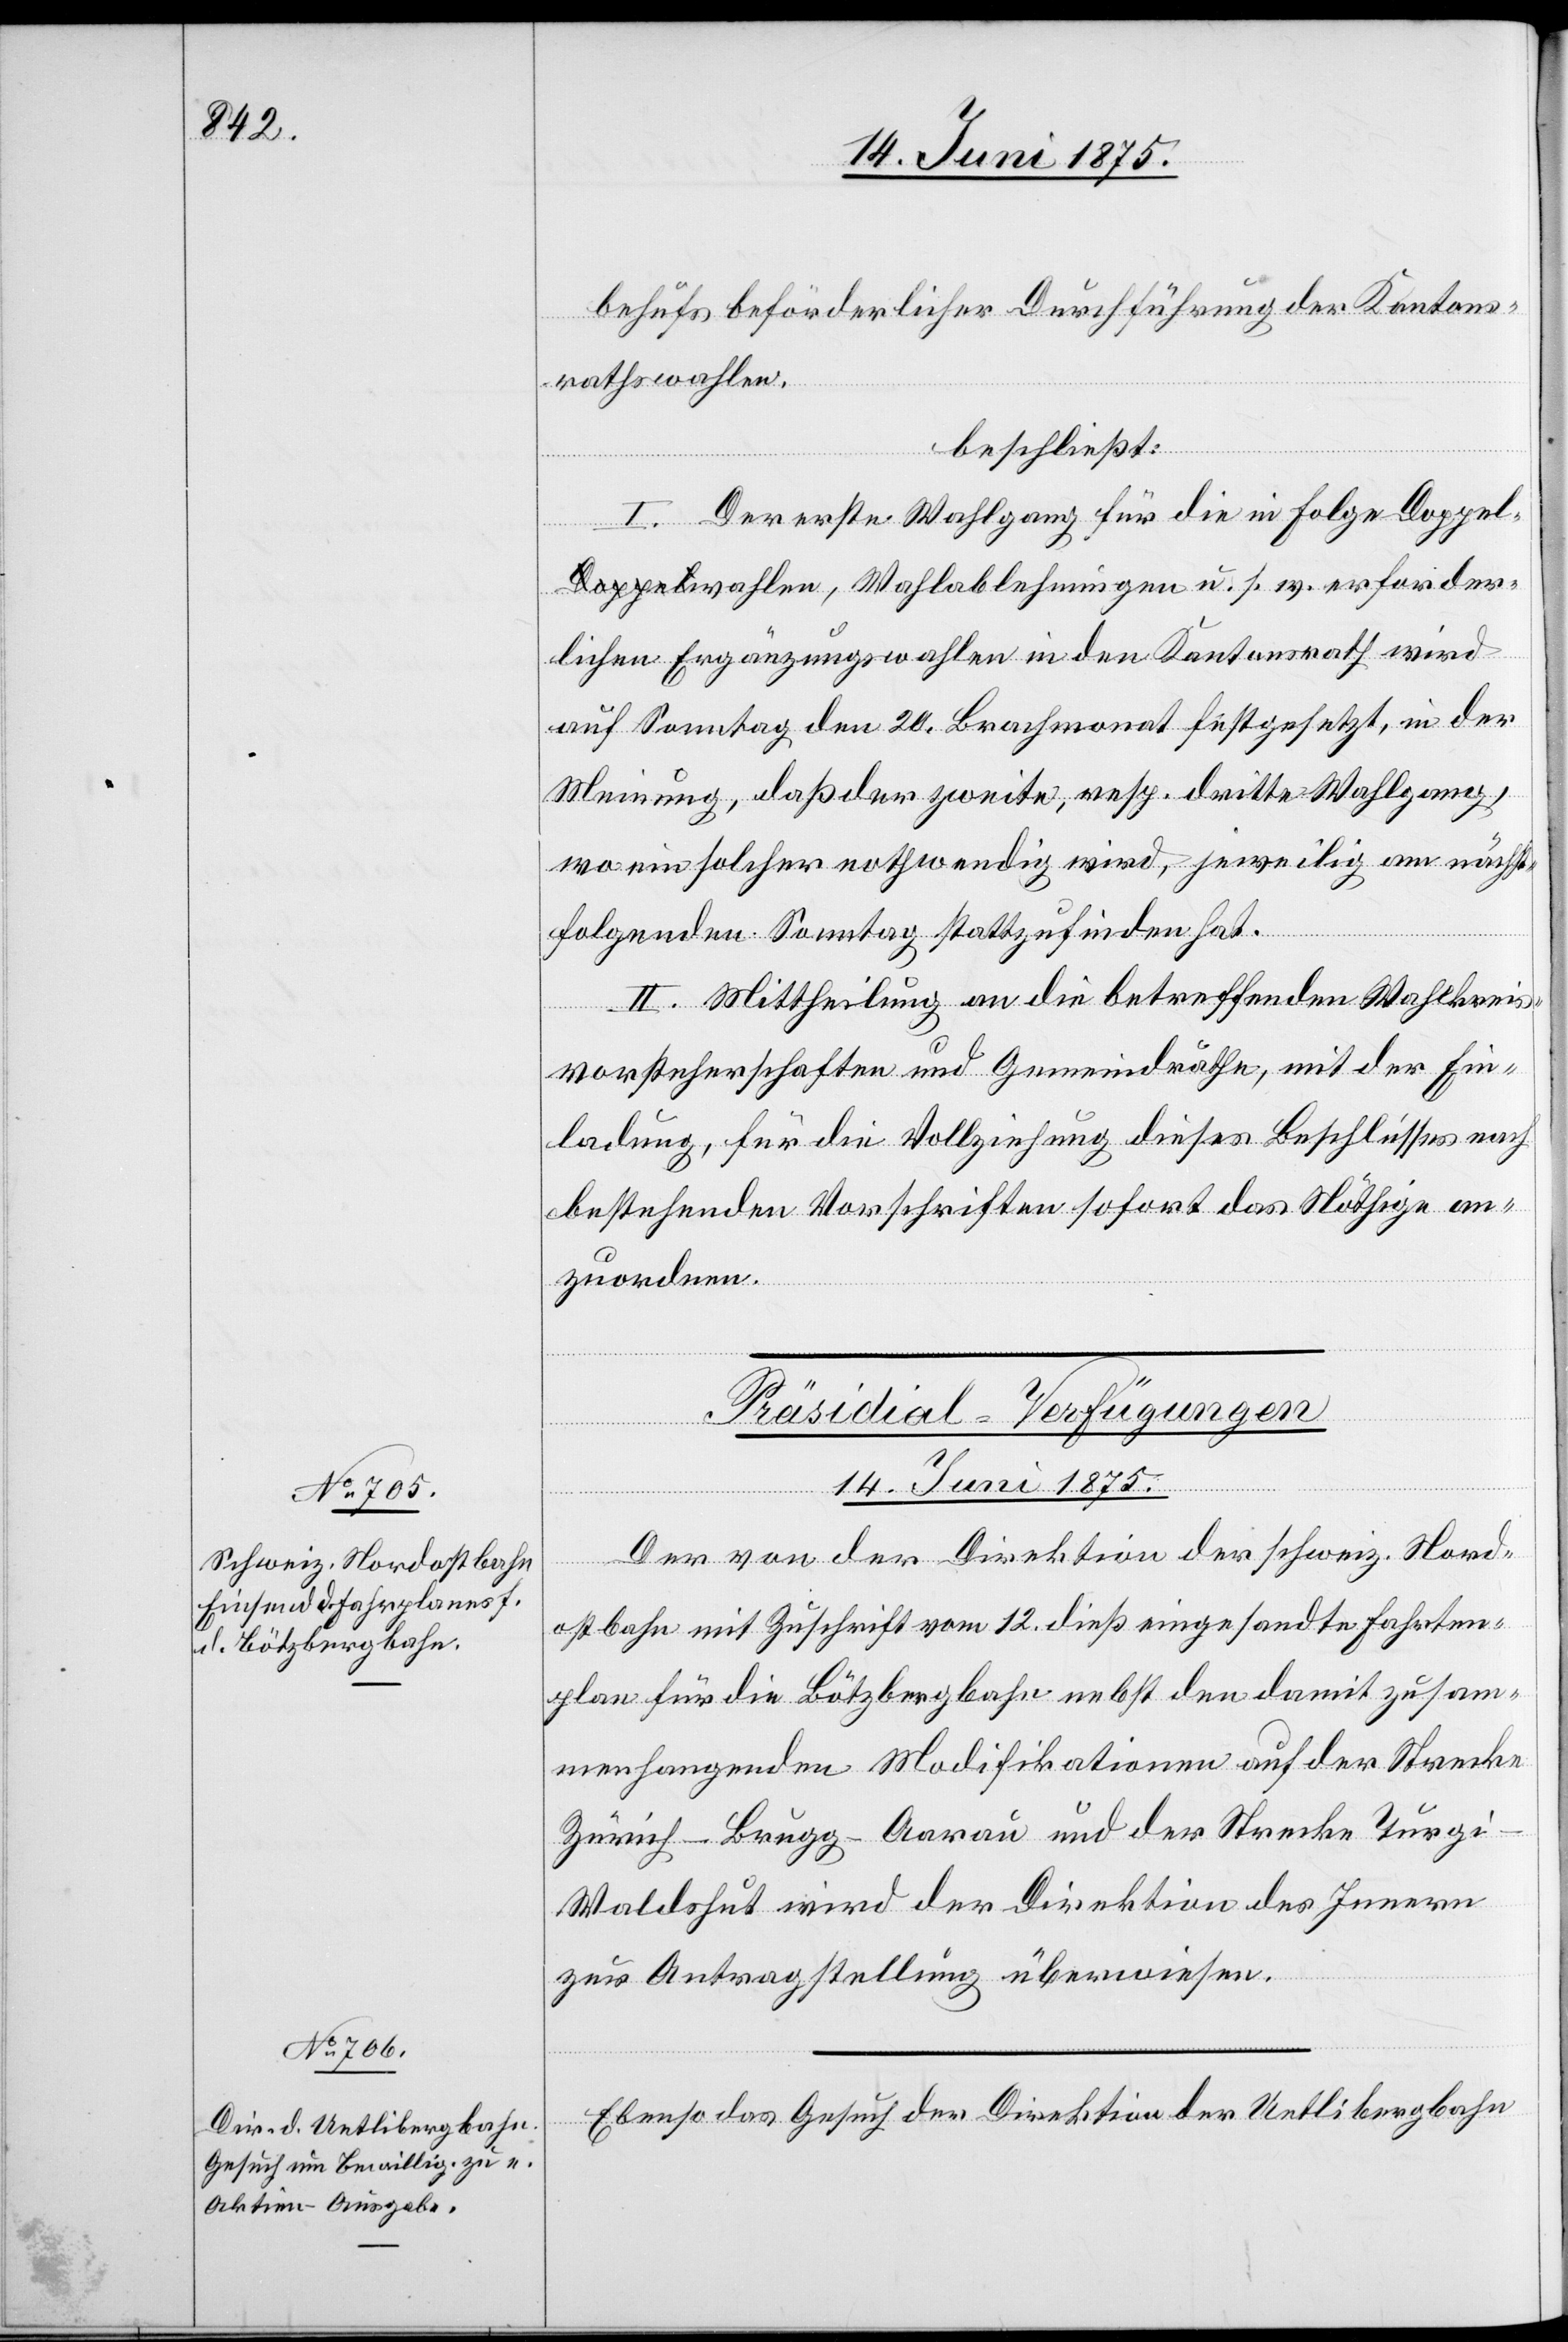
14. Juni 1875.]
behufs beförderlicher Durchführung der Kantons¬
rathswahlen,
beschließt:
I. Der erste Wahlgang für die in Folge Doppel¬
wahlen, Wahlablehnungen u. s. w. erforder¬
lichen Ergänzungswahlen in den Kantonsrath wird
auf Samstag den 20. Brachmonat festgesetzt, in der
Meinung, daß der zweite, resp. dritte Wahlgang,
wo ein solcher nothwendig wird, jeweilig am nächst¬
folgenden Sonntag stattzufinden hat.
II. Mittheilung an die betreffenden Wahlkreis¬
vorsteherschaften und Gemeindräthe, mit der Ein¬
ladung, für die Vollziehung dieses Beschlusses nach
bestehenden Vorschriften sofort das Nöthige an¬
zuordnen.
[Präsidial-Verfügungen.
14. Juni 1875.
Der von der Direktion der schweiz. Nord¬
ostbahn mit Zuschrift vom 12. dieß eingesandte Fahrten¬
plan für die Bötzbergbahn nebst den damit zusam¬
menhängenden Modifikationen auf der Strecke
Zürich–Brugg–Aarau und der Strecke Turg¬
i–Waldshut wird der Direktion des Innern
zur Antragstellung überwiesen.
Ebenso das Gesuch der Direktion der Uetlibergbahn